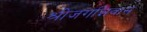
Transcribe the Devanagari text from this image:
श्रीजगन्निवास